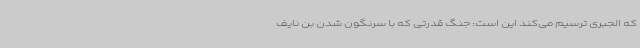
که الجبری ترسیم می‌کند این است: جنگ قدرتی که با سرنگون شدن بن نایف